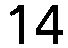
14